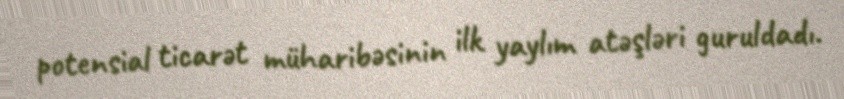
potensial ticarət müharibəsinin ilk yaylım atəşləri guruldadı.